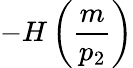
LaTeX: -H\left(\frac{m}{p_{2}}\right)